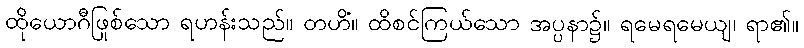
ထိုယောဂီဖြစ်သော ရဟန်းသည်။ တဟိံ။ ထိုစင်ကြယ်သော အပ္ပနာ၌။ ရမေရမေယျ၊ ရာ၏။